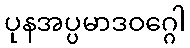
ပုနအပ္ပမာဒဝဂ္ဂေါ